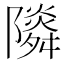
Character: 𨽃